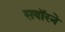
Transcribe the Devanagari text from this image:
सवॉरने